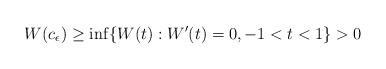
LaTeX: \begin{align*}W(c_\epsilon)\ge \inf \{W(t):W'(t)=0, -1<t<1\}>0\end{align*}